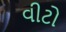
વીટો